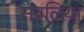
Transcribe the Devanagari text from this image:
सबलिया